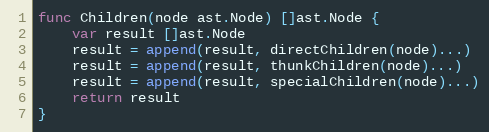
Language: Go
func Children(node ast.Node) []ast.Node {
	var result []ast.Node
	result = append(result, directChildren(node)...)
	result = append(result, thunkChildren(node)...)
	result = append(result, specialChildren(node)...)
	return result
}